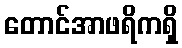
တောင်အာဖရိကရှိ